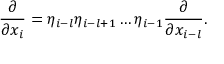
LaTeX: \frac { \partial } { \partial x _ { i } } = \eta _ { i - l } \eta _ { i - l + 1 } \dots \eta _ { i - 1 } \frac { \partial } { \partial x _ { i - l } } .